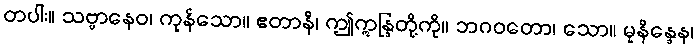
တပါး။ သဗ္ဗာနေဝ၊ ကုန်သော။ ဧတာနိ၊ ဤဣန္ဒြတို့ကို။ ဘဂဝတော၊ သော။ မုနိန္ဒေန၊